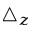
\triangle _ { z }